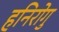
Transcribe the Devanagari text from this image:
हनिरोगु